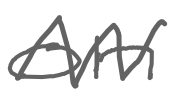
Text: on
Cross-out: zig-zag
Writing tool: digital_gray